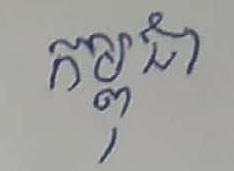
កម្ពុជា